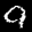
Label: 9